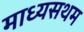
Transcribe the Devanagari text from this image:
माध्यसथम